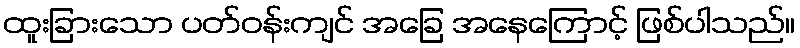
ထူးခြားသော ပတ်ဝန်းကျင် အခြေ အနေကြောင့် ဖြစ်ပါသည်။